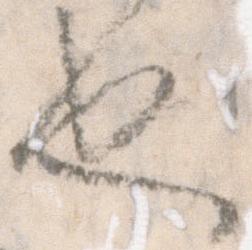
也